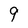
Character: 9